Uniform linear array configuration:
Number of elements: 16
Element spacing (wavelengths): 1
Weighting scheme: hamming
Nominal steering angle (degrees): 0
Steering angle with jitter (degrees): -1.8
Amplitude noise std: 0.05
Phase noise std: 0.05

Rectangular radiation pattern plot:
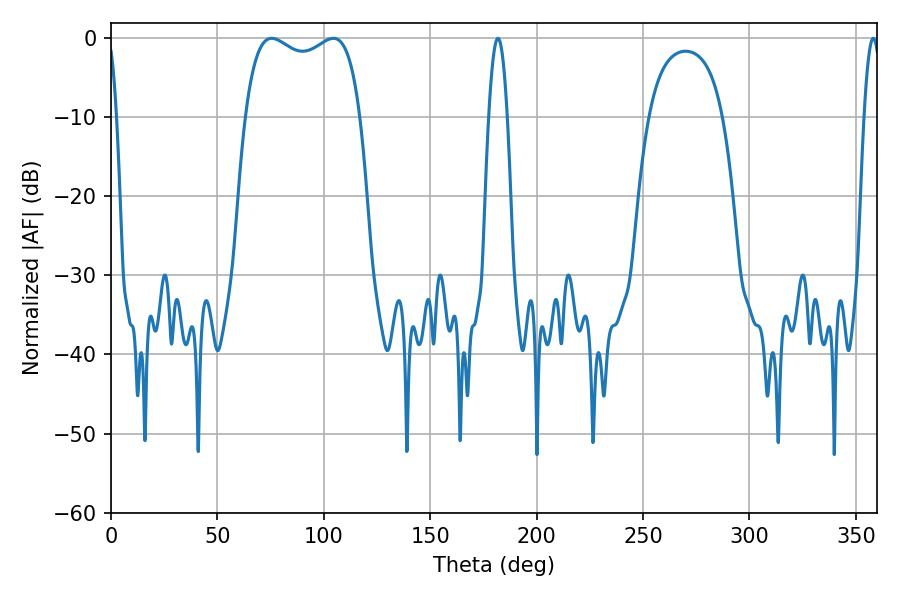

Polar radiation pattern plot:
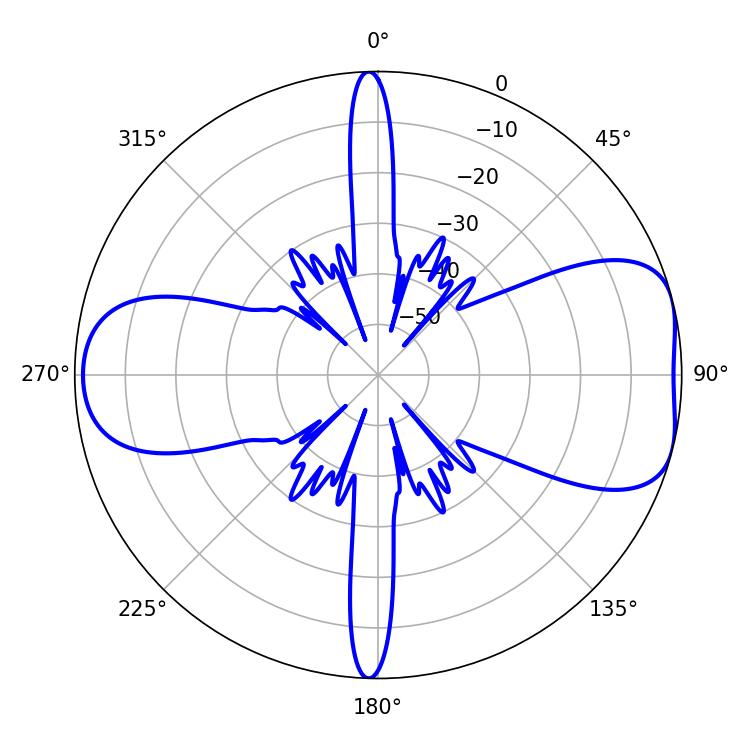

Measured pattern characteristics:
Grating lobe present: TRUE
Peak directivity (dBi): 7.144
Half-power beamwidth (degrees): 44.28
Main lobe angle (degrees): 75.6